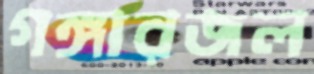
গঙ্গারজল